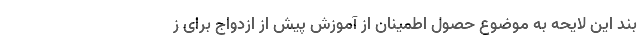
بند این لایحه به موضوع حصول اطمینان از آموزش پیش از ازدواج برای ز